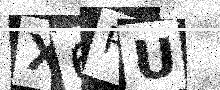
Text: X6RU